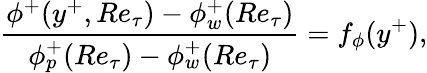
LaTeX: \frac{\phi^{+}(y^{+},Re_{\tau})-\phi_{w}^{+}(Re_{\tau})}{\phi_{p}^{+}(Re_{\tau})-\phi_{w}^{+}(Re_{\tau})}=f_{\phi}(y^{+}),